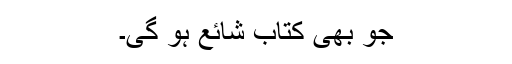
جو بھی کتاب شائع ہو گی۔